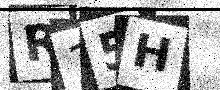
Text: R15H